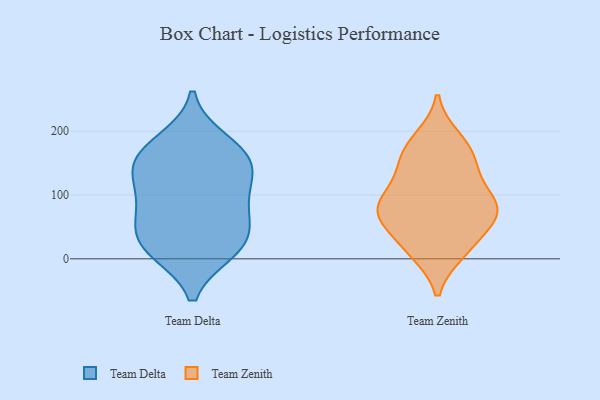
{"axis": {"x": "Energy Usage (MWh)", "y": "Value"}, "legend": ["Team Delta", "Team Zenith"], "data": [{"x": "", "y": 69, "type": "Team Delta"}, {"x": "", "y": 167, "type": "Team Delta"}, {"x": "", "y": 16, "type": "Team Delta"}, {"x": "", "y": 65, "type": "Team Delta"}, {"x": "", "y": 39, "type": "Team Delta"}, {"x": "", "y": 156, "type": "Team Delta"}, {"x": "", "y": 113, "type": "Team Delta"}, {"x": "", "y": 100, "type": "Team Delta"}, {"x": "", "y": 137, "type": "Team Delta"}, {"x": "", "y": 152, "type": "Team Delta"}, {"x": "", "y": 184, "type": "Team Delta"}, {"x": "", "y": 13, "type": "Team Delta"}, {"x": "", "y": 19, "type": "Team Delta"}, {"x": "", "y": 148, "type": "Team Zenith"}, {"x": "", "y": 137, "type": "Team Zenith"}, {"x": "", "y": 58, "type": "Team Zenith"}, {"x": "", "y": 79, "type": "Team Zenith"}, {"x": "", "y": 163, "type": "Team Zenith"}, {"x": "", "y": 84, "type": "Team Zenith"}, {"x": "", "y": 70, "type": "Team Zenith"}, {"x": "", "y": 188, "type": "Team Zenith"}, {"x": "", "y": 77, "type": "Team Zenith"}, {"x": "", "y": 68, "type": "Team Zenith"}, {"x": "", "y": 21, "type": "Team Zenith"}, {"x": "", "y": 87, "type": "Team Zenith"}, {"x": "", "y": 14, "type": "Team Zenith"}, {"x": "", "y": 11, "type": "Team Zenith"}, {"x": "", "y": 114, "type": "Team Zenith"}, {"x": "", "y": 178, "type": "Team Zenith"}]}